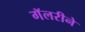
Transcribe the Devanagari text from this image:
गॅलरीने